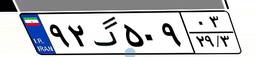
۱۴گ۱۵۲۴۰